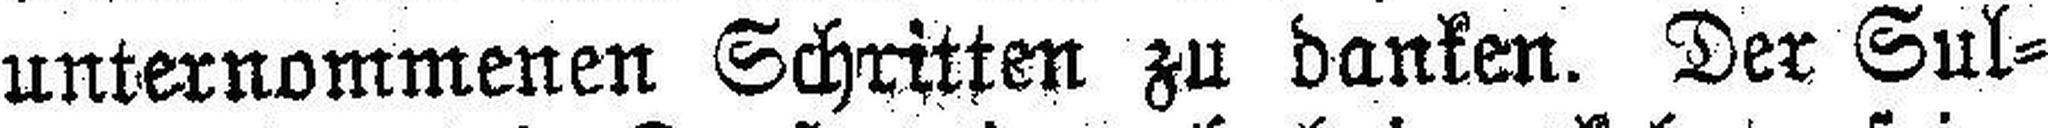
unternommenen Schritten zu danken. Der Sul¬